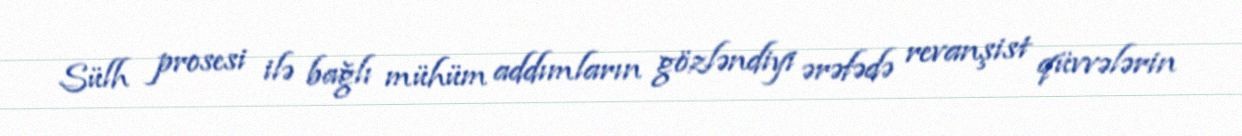
Sülh prosesi ilə bağlı mühüm addımların gözləndiyi ərəfədə revanşist qüvvələrin